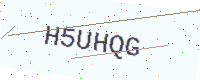
Text: H5UHQG